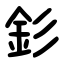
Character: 釤